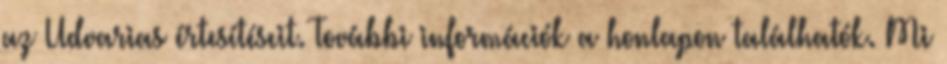
az Udvarias értesítéseit. További információk a honlapon találhatók. Mi